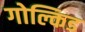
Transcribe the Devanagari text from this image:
गोल्किड